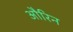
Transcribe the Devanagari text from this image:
औरिन